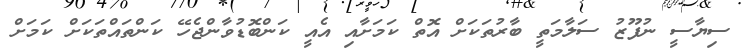
ސިޔާސީ ނުފޫޒު ސަލާމަތީ ބާރުތަކަށް އޮތް ކަމަށާއި އެއީ ކަންބޮޑުވާންޖެހޭ ކަންތައްތަކަށް ކަމަށް